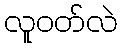
လူဝတ်လဲ